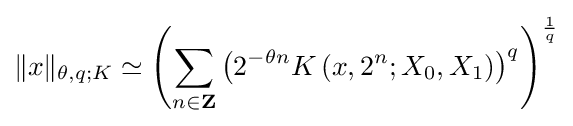
\|x\|_{\theta ,q;K}\simeq \left(\sum _{n\in \mathbf {Z} }\left(2^{-\theta n}K\left(x,2^{n};X_{0},X_{1}\right)\right)^{q}\right)^{\frac {1}{q}}